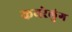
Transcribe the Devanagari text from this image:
कयरेलुंग